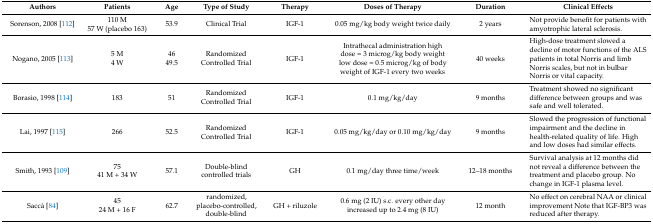
| Authors | Patients | Age | Type of Study | Therapy | Doses of Therapy | Duration | Clinical Effects |
 | --- | --- | --- | --- | --- | --- | --- | --- |
 | Sorenson, 2008 [112] | 110 M 57 W (placebo 163) | 53.9 | Clinical Trial | IGF-1 | 0.05 mg/kg body weight twice daily | 2 years | Not provide benefit for patients with amyotrophic lateral sclerosis. |
 | Nogano, 2005 [113] | 5 M 4 W | 46 49.5 | Randomized Controlled Trial | IGF-1 | Intrathecal administration high dose = 3 microg/kg body weight low dose = 0.5 microg/kg of body weight of IGF-1 every two weeks | 40 weeks | High-dose treatment slowed a decline of motor functions of the ALS patients in total Norris and limb Norris scales, but not in bulbar Norris or vital capacity. |
 | Borasio, 1998 [114] | 183 | 51 | Randomized Controlled Trial | IGF-1 | 0.1 mg/kg/day | 9 months | Treatment showed no significant difference between groups and was safe and well tolerated. |
 | Lai, 1997 [115] | 266 | 52.5 | Randomized Controlled Trial | IGF-1 | 0.05 mg/kg/day or 0.10 mg/kg/day | 9 months | Slowed the progression of functional impairment and the decline in health-related quality of life. High and low doses had similar effects. |
 | Smith, 1993 [109] | 75 41 M + 34 W | 57.1 | Double-blind controlled trials | GH | 0.1 mg/day three time/week | 12–18 months | Survival analysis at 12 months did not reveal a difference between the treatment and placebo group. No change in IGF-1 plasma level. |
 | Saccà [84] | 45 24 M + 16 F | 62.7 | randomized, placebo-controlled, double-blind | GH + riluzole | 0.6 mg (2 IU) s.c. every other day increased up to 2.4 mg (8 IU) | 12 month | No effect on cerebral NAA or clinical improvement Note that IGF-BP3 was reduced after therapy. |